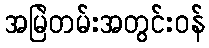
အမြဲတမ်းအတွင်းဝန်